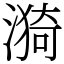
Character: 漪